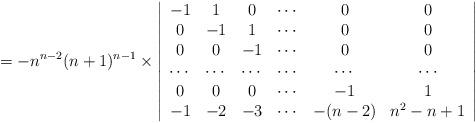
LaTeX: \begin{align*}=-n^{n-2}(n+1)^{n-1}\times\left|\begin{array}{cccccc}-1 & 1 & 0 & \cdots & 0 & 0 \\0 & -1 & 1 & \cdots & 0 & 0 \\0 & 0 & -1 & \cdots & 0 & 0 \\\cdots & \cdots & \cdots & \cdots & \cdots & \cdots \\0 & 0 & 0 & \cdots & -1 & 1 \\-1 & -2 & -3 & \cdots & -(n-2) & n^{2}-n+1 \\\end{array}\right|\end{align*}